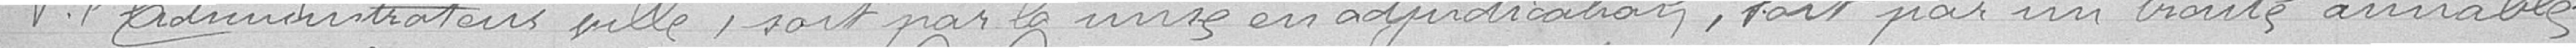
Pour les administrateurs  :  ville, soit par la mise en adjudication, soit par un traité amiable.